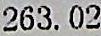
263.02